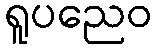
ရူပညေဝ